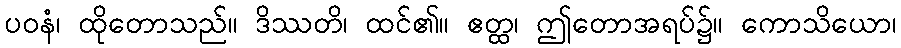
ပဝနံ၊ ထိုတောသည်။ ဒိဿတိ၊ ထင်၏။ ဧတ္ထ၊ ဤတောအရပ်၌။ ကောသိယော၊